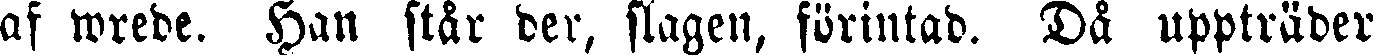
af wrede. Han stär der, slagen, förintad. Då uppträder